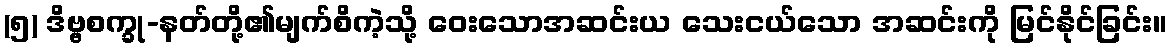
(၅) ဒိဗ္ဗစက္ခု-နတ်တို့၏မျက်စိကဲ့သို့ ဝေးသောအဆင်းယ သေးငယ်သော အဆင်းကို မြင်နိုင်ခြင်း။